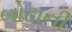
બોટાની